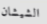
الشيشان